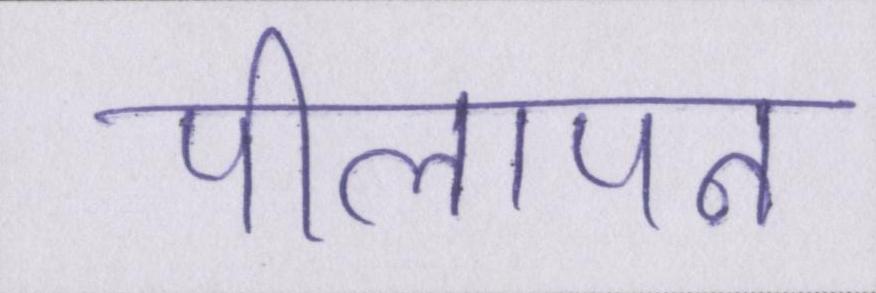
पीलापन